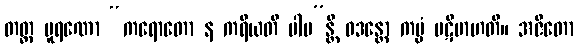
တတ္ထ ပူရဏော “ကရောတော န ကရီယတိ ပါပ”န္တိ ဝဒန္တော ကမ္မံ ပဋိဗာဟတိ။ အဇိတော